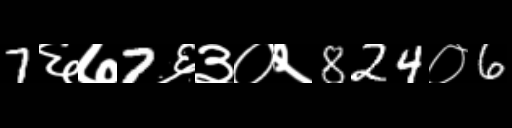
Text: 7६७7६३०२824०6